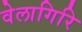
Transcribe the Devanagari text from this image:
वेलागिरि